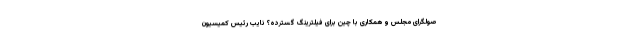
صولگرای مجلس و همکاری با چین برای فیلترینگ گسترده؟ نایب رئیس کمیسیون